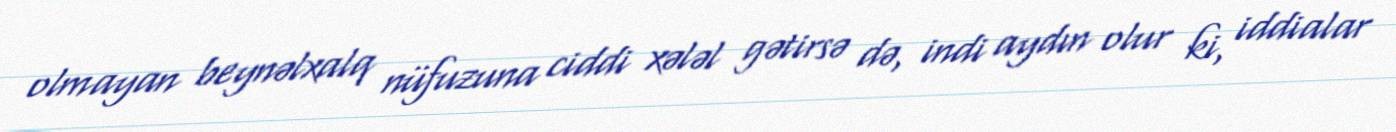
olmayan beynəlxalq nüfuzuna ciddi xələl gətirsə də, indi aydın olur ki, iddialar